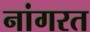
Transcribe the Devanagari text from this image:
नांगरत